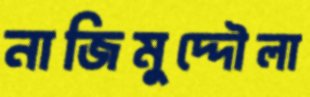
নাজিমুদ্দৌলা